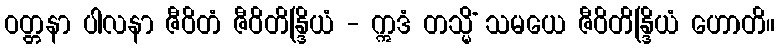
ဝတ္တနာ ပါလနာ ဇီဝိတံ ဇီဝိတိန္ဒြိယံ - ဣဒံ တသ္မိံ သမယေ ဇီဝိတိန္ဒြိယံ ဟောတိ။